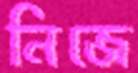
নিজে